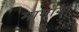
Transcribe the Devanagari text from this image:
मामाना